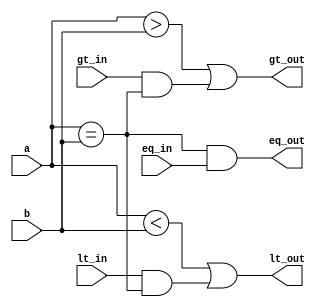
`timescale 10 ns / 1 ns 

module four_bit_comparator_(input wire [3:0] a, b, 
			   input wire eq_in, gt_in, lt_in, 
			   output wire eq_out, gt_out, lt_out);

		   wire aeqb, qltb, qgtb;

		   assign aeqb = (a==b);
		   assign altb = (a<b);
		   assign agtb = (a>b);
		   assign eq_out = aeqb & eq_in;
		   assign gt_out = agtb | gt_in & aeqb;
		   assign lt_out = altb | lt_in & aeqb;

		   
endmodule